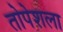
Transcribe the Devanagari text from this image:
तोपेशला